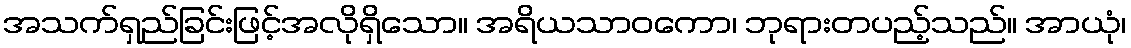
အသက်ရှည်ခြင်းဖြင့်အလိုရှိသော။ အရိယသာဝကော၊ ဘုရားတပည့်သည်။ အာယုံ၊